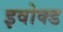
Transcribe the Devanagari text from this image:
इवोक्ड